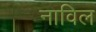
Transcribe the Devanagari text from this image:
नाविल